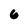
Character: 6